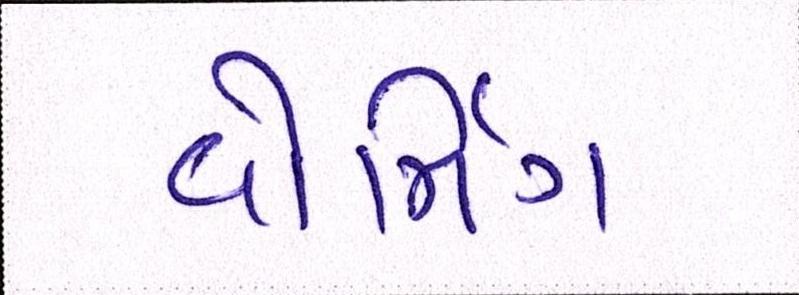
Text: વોર્મિંગ